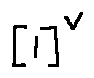
[ 1 ] ^ { v }